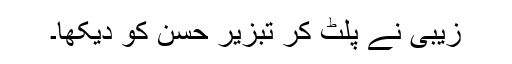
زیبی نے پلٹ کر تبزیر حسن کو دیکھا۔